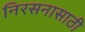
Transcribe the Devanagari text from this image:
निरसनासाठी